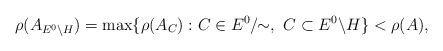
\begin{align*}\rho(A_{E^0\backslash H})= \max\{\rho(A_C):C\in E^0/\!\!\sim,\ C\subset E^0\backslash H\}<\rho(A),\end{align*}